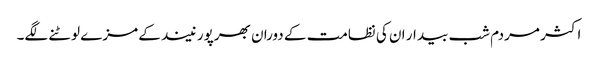
اکثر مردم شب بیدار ان کی نظامت کے دوران بھرپور نیند کے مزے لوٹنے لگے۔